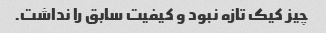
چیز کیک تازه نبود و کیفیت سابق را نداشت.